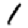
Digit: 1